Senior Leaving Certificate Examination (including Day School Certificate (Higher) General paper), 1948
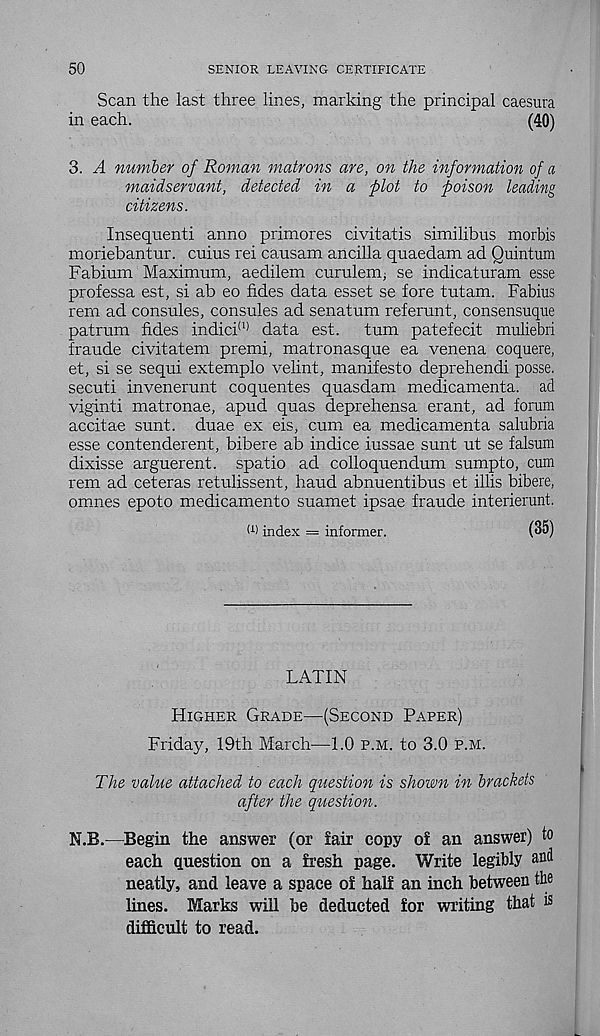
50
SENIOR LEAVING CERTIFICATE
Scan the last three lines, marking the principal caesura
in each.
(40)
3. A number of Roman matrons are, on the information of a
maidservant, detected in a plot to poison leading
citizens.
Insequenti anno primores civitatis similibus morbis
moriebantur. cuius rei causam ancilla quaedam ad Quintum
Fabium Maximum, aedilem curulenq se indicaturam esse
professa est, si ab eo fides data esset se fore tutam. Fabius
rem ad consules, consules ad senatum refemnt, consensuque
patrum fides indici (1) data est.
turn patefecit muliebri
fraude civitatem premi, matronasque ea venena coquere,
et, si se sequi extemplo velint, manifesto deprehendi posse,
secuti invenerunt coquentes quasdam medicamenta. ad
viginti matronae, apud quas deprehensa erant, ad forum
accitae sunt, duae ex eis, cum ea medicamenta salubria
esse contenderent, bibere ab indice iussae sunt ut se falsum
dixisse arguerent. spatio ad colloquendum sumpto, cum
rem ad ceteras retulissent, baud abnuentibus et illis bibere,
omnes epoto medicamento suamet ipsae fraude interierunt.
W index = informer.
(35)
LATIN
Higher Grade—(Second Paper)
Friday, 19th March—1.0 p.m. to 3.0 P.M.
The value attached to each question is shown in brackets
after the question.
N.B.—Begin the answer (or fair copy of an answer) to
each question on a fresh page. Write legibly and
neatly, and leave a space of half an inch between the
lines. Marks will be deducted for writing that is
difficult to read.